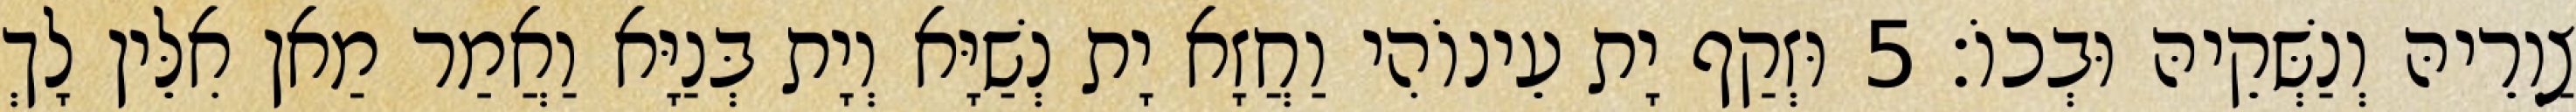
צַוְרֵיהּ וְנַשְּׁקֵיהּ וּבְכוֹ׃ 5 וּזְקַף יָת עֵינוֹהִי וַחֲזָא יָת נְשַׁיָּא וְיָת בְּנַיָּא וַאֲמַר מַאן אִלֵּין לָךְ